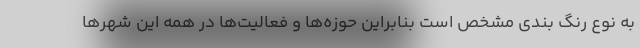
به نوع رنگ بندی مشخص است بنابراین حوزه‌ها و فعالیت‌ها در همه این شهرها